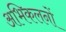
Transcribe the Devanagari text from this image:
अभिकलनों